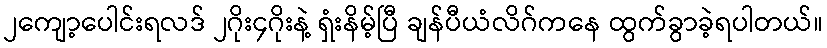
၂ကျော့ပေါင်းရလဒ် ၂ဂိုး၄ဂိုးနဲ့ ရှံးနိမ့်ပြီ ချန်ပီယံလိဂ်ကနေ ထွက်ခွာခဲ့ရပါတယ်။